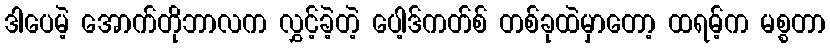
ဒါပေမဲ့ အောက်တိုဘာလက လွှင့်ခဲ့တဲ့ ပေါ့ဒ်ကတ်စ် တစ်ခုထဲမှာတော့ ထရမ့်က မစ္စတာ